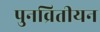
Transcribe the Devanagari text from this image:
पुनव्रितीयन